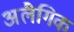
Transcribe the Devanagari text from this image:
अलैगिक